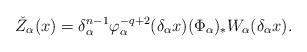
LaTeX: \begin{align*}\check{Z}_\alpha(x)=\delta_\alpha^{n-1}\varphi_\alpha^{-q+2}(\delta_\alpha x)(\Phi_\alpha)_* W_\alpha(\delta_\alpha x).\end{align*}